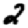
Digit: 2